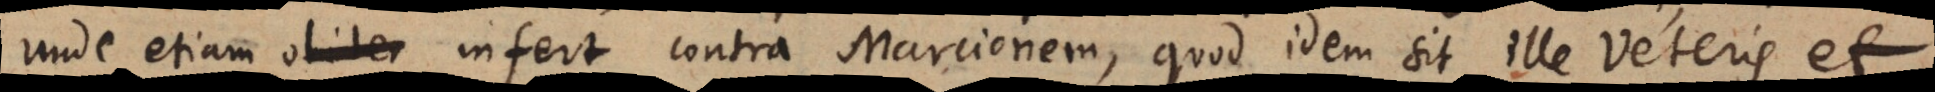
unde etiam obiter infert contra Marcionem, quod idem sit ille veteris et